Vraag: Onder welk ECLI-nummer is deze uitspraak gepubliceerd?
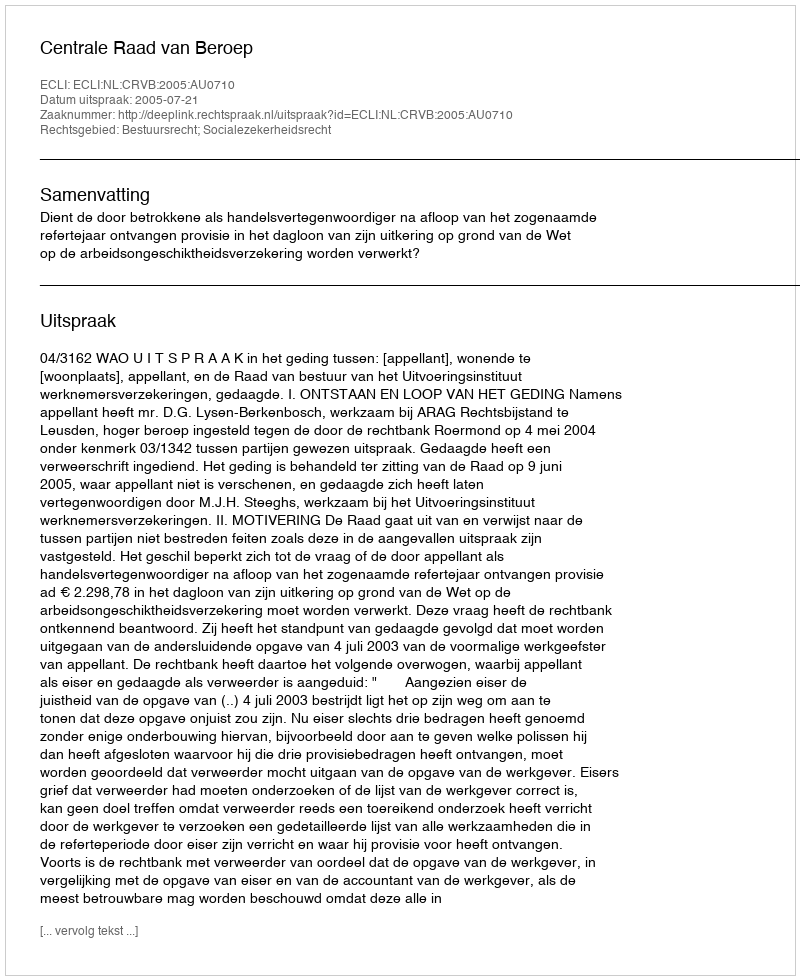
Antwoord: ECLI:NL:CRVB:2005:AU0710